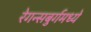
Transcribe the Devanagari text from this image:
रेगन्सबुर्गमध्ये